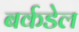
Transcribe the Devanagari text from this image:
बर्कडेल